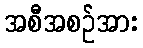
အစီအစဉ်အား